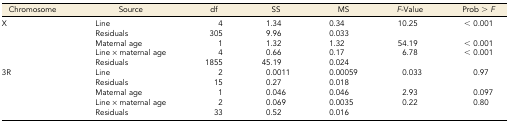
<table><thead><tr><td><b>Chromosome</b></td><td><b>Source</b></td><td><b>df</b></td><td><b>SS</b></td><td><b>MS</b></td><td><b><i>F</i>-Value</b></td><td><b>Prob &gt; <i>F</i></b></td></tr></thead><tbody><tr><td>X</td><td>Line</td><td>4</td><td>1.34</td><td>0.34</td><td>10.25</td><td>&lt; 0.001</td></tr><tr><td></td><td>Residuals</td><td>305</td><td>9.96</td><td>0.033</td><td></td><td></td></tr><tr><td></td><td>Maternal age</td><td>1</td><td>1.32</td><td>1.32</td><td>54.19</td><td>&lt; 0.001</td></tr><tr><td></td><td>Line × maternal age</td><td>4</td><td>0.66</td><td>0.17</td><td>6.78</td><td>&lt; 0.001</td></tr><tr><td></td><td>Residuals</td><td>1855</td><td>45.19</td><td>0.024</td><td></td><td></td></tr><tr><td>3R</td><td>Line</td><td>2</td><td>0.0011</td><td>0.00059</td><td>0.033</td><td>0.97</td></tr><tr><td></td><td>Residuals</td><td>15</td><td>0.27</td><td>0.018</td><td></td><td></td></tr><tr><td></td><td>Maternal age</td><td>1</td><td>0.046</td><td>0.046</td><td>2.93</td><td>0.097</td></tr><tr><td></td><td>Line × maternal age</td><td>2</td><td>0.069</td><td>0.0035</td><td>0.22</td><td>0.80</td></tr><tr><td></td><td>Residuals</td><td>33</td><td>0.52</td><td>0.016</td><td></td><td></td></tr></tbody></table>